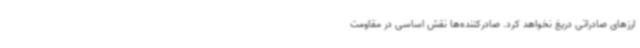
ارزهای صادراتی دریغ نخواهد کرد. صادرکننده‌ها نقش اساسی در مقاومت